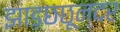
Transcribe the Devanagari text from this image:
झाड़छछून्दर